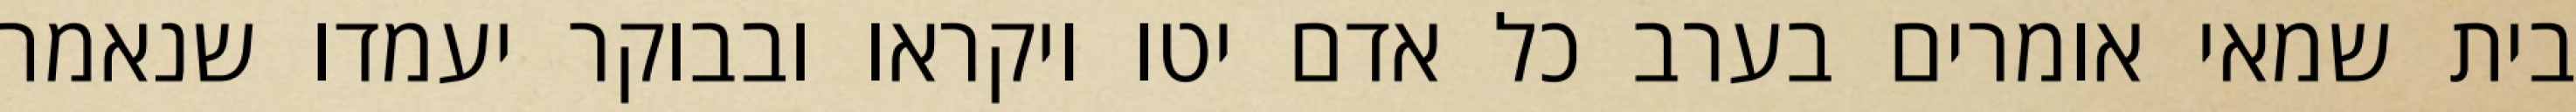
בית שמאי אומרים בערב כל אדם יטו ויקראו ובבוקר יעמדו שנאמר